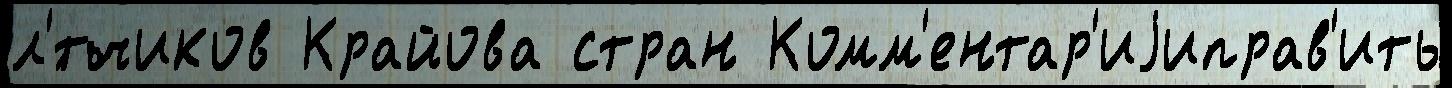
л'́тчиков Крайова стран Комм'ентар'иjиправ'ить